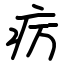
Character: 疠